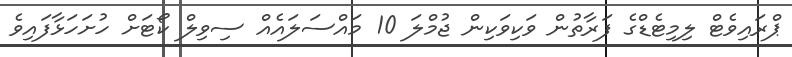
ޕްރައިވެޓް ލިމިޓެޑްގެ ފަރާތުން ވަކިވަކިން ޖުމްލަ 10 މައްސަލައެއް ސިވިލް ކޯޓަށް ހުށަހަޅާފައިވެ